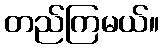
တည်ကြမယ်။